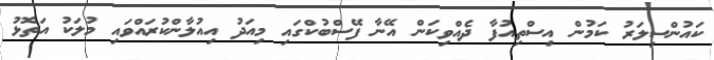
ކައުންސިލަރު ކަމުން އިސްތިއުފާ ދެއްވިކަން އޭނާ ފޭސްބުކްގައި މިއަދު އިއުލާންކުރައްވައި މުލަކު އަތޮޅު